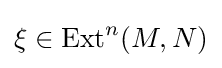
\xi \in \operatorname {Ext} ^{n}(M,N)